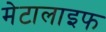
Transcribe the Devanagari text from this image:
मेटालाइफ